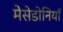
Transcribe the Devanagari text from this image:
मेसेडोनियाँ